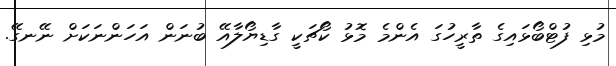
މުޅި ފުޓްބޯޅައިގެ ތާރީހުގަ އެންމެ މޮޅު ކޯޗަކީ ގާޑިޔޯލާއޭ ބުނަން އަހަންނަކަށް ނޭނގޭ.